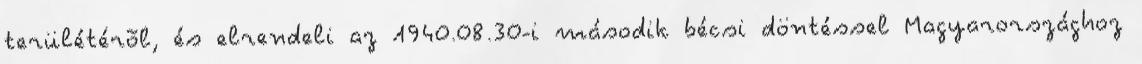
terülétérõl, és elrendeli az 1940.08.30-i második bécsi döntéssel Magyarországhoz